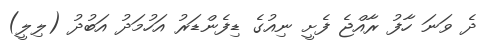
ދެ ވަނަ ހާފު ރާއްޖެ ފެށީ ނިއުގެ ޑިފެންޑަރު އަހުމަދު އަބުދު (ލިލީ)